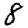
Digit: 8